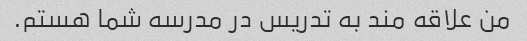
من علاقه مند به تدریس در مدرسه شما هستم.